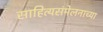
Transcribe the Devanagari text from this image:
साहित्यसंमेलनाच्या